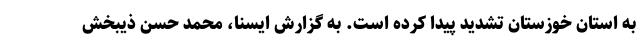
به استان خوزستان تشدید پیدا کرده است. به گزارش ایسنا، محمد حسن ذیبخش